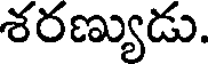
శరణ్యుడు.